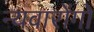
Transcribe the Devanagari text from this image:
न्यवारोंगो